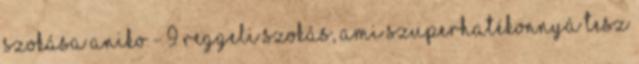
szokása Aniko - 9 reggeli szokás, ami szuperhatékonnyá tesz